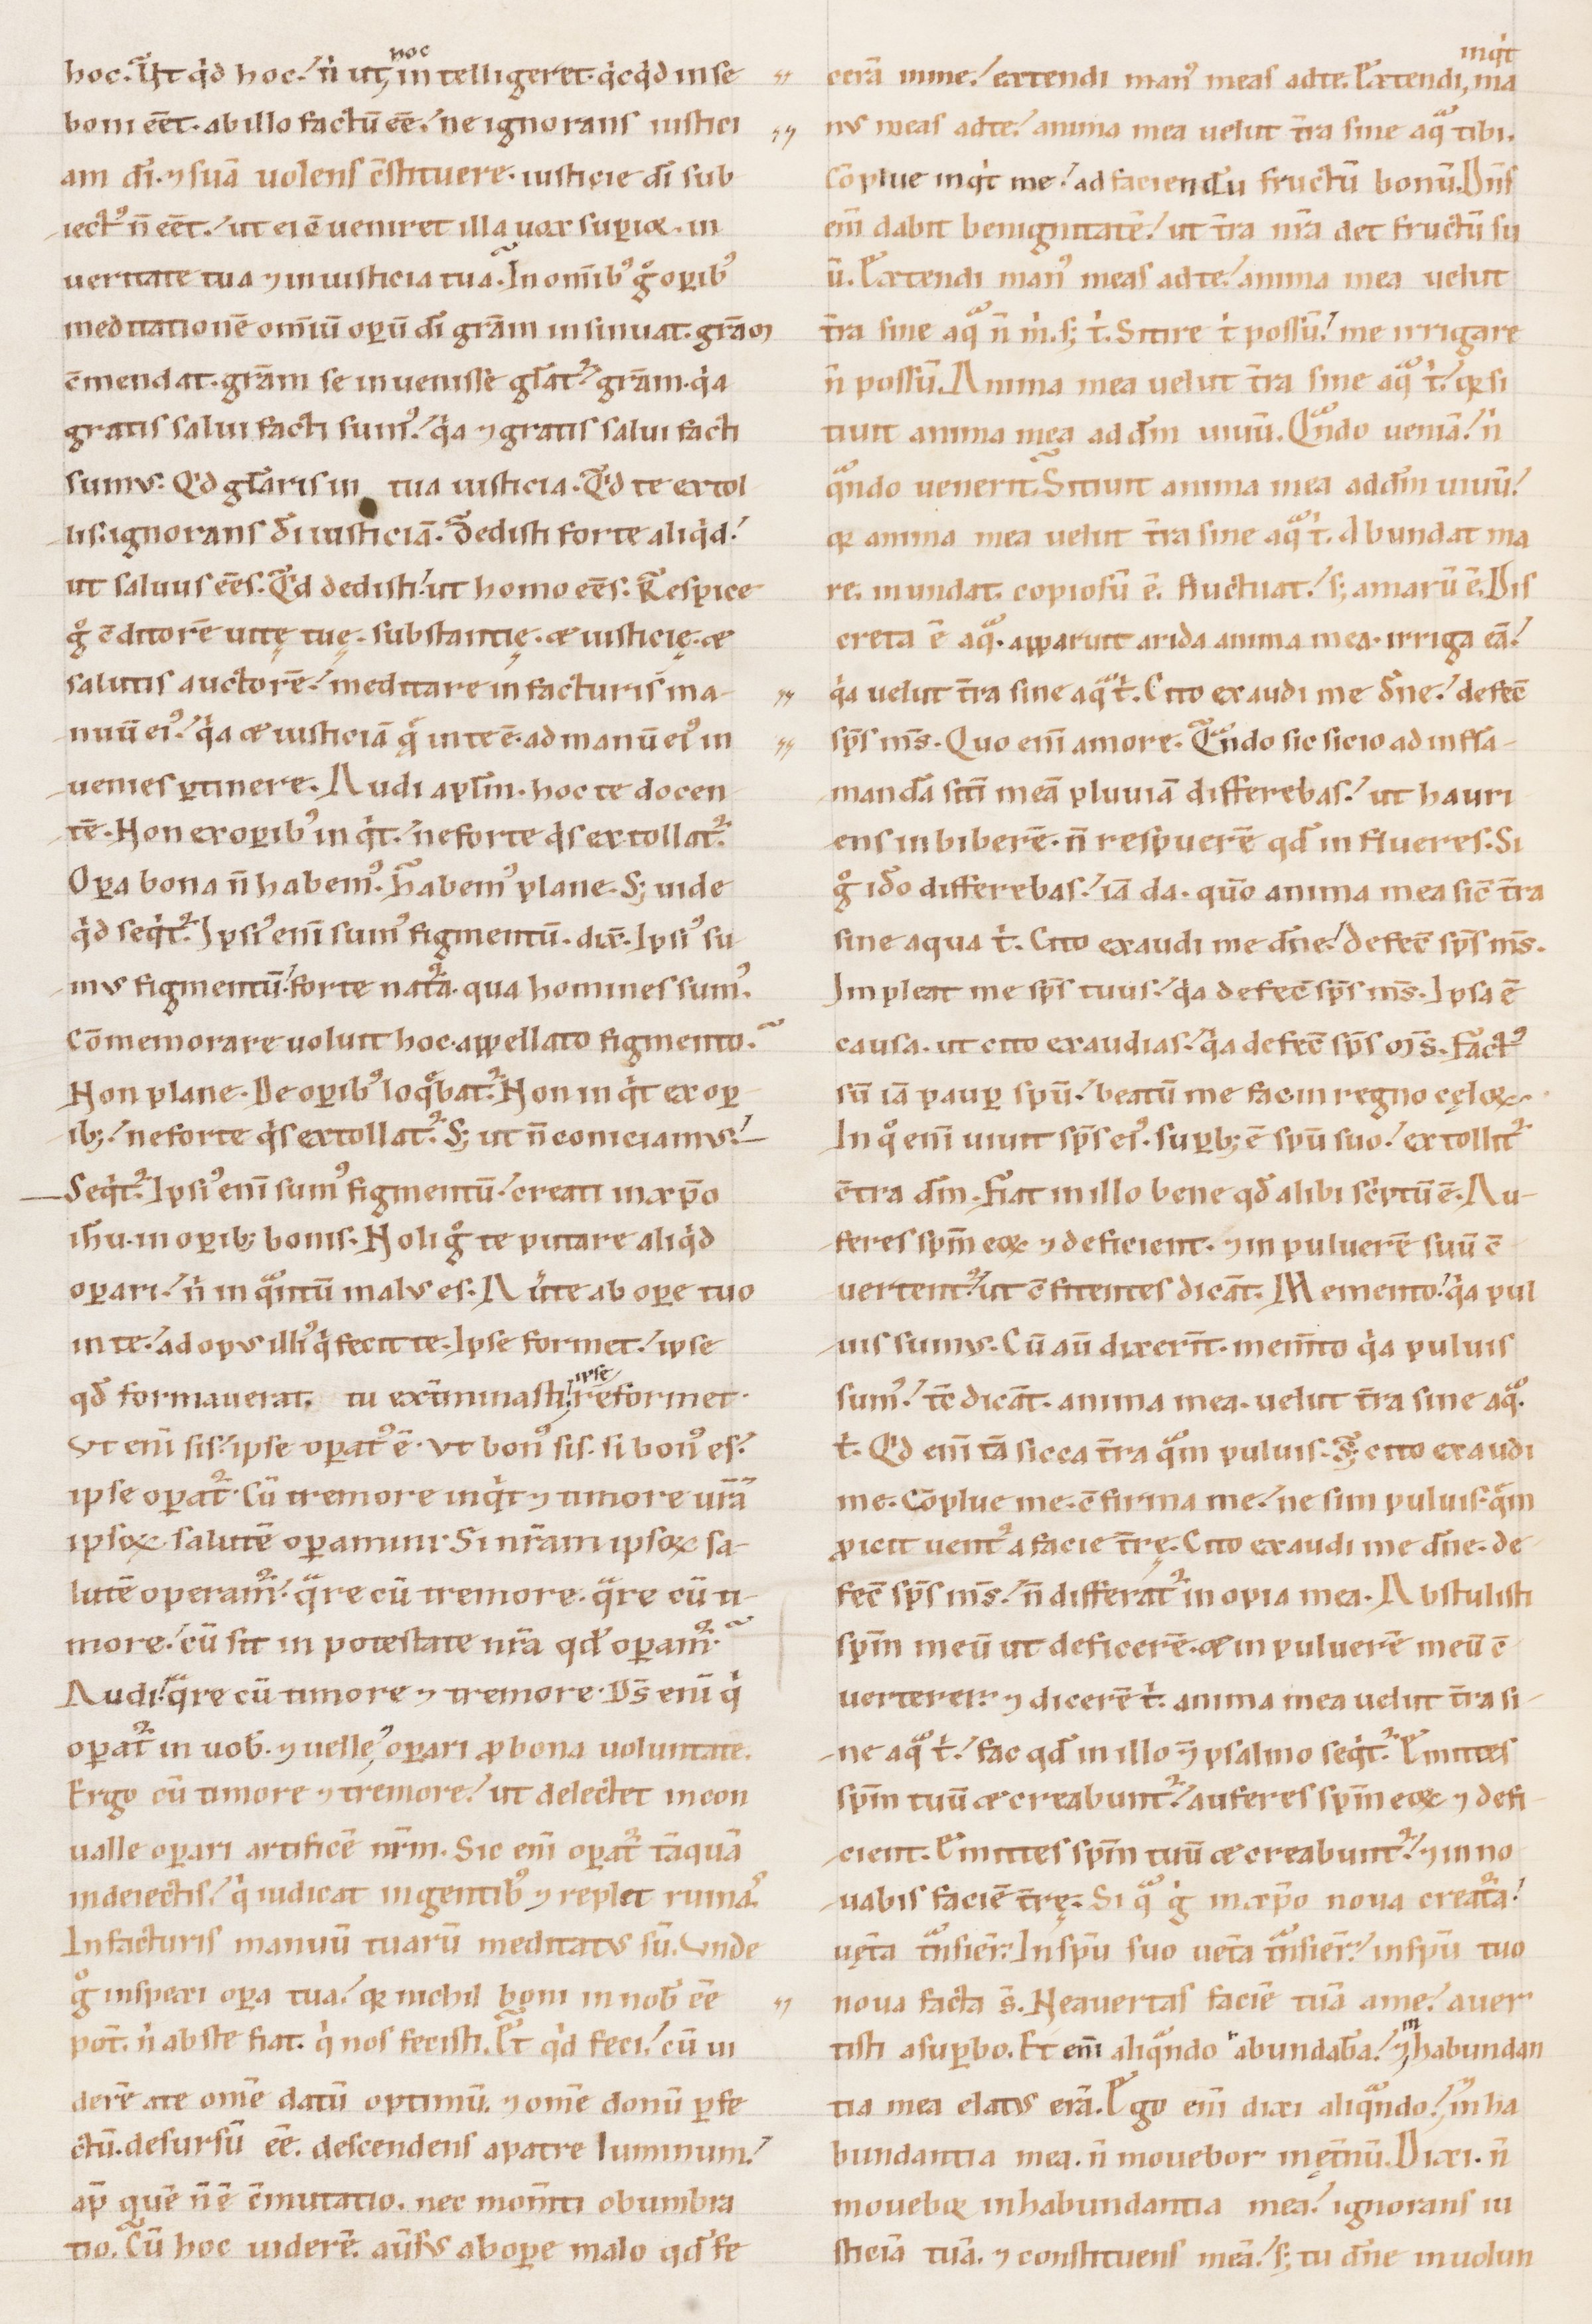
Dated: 1100–1199